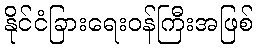
နိုင်ငံခြားရေးဝန်ကြီးအဖြစ်